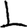
Digit: 1